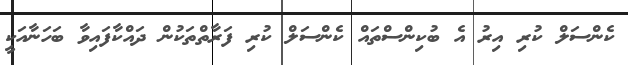
ކެންސަލް ކުރި އިރު އެ ބުކިންސްތައް ކެންސަލް ކުރި ފަރާތްތަކުން ދައްކާފައިވާ ބަހަނާއަކީ